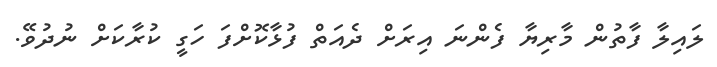
ލައިލާ ފާތުން މާރިޔާ ފެންނަ އިރަށް ދެއަތް ފުޅާކޮށްފަ ހަގީ ކުރާކަށް ނުދުވޭ.